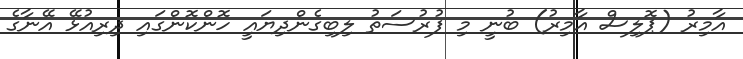
އާމިރު (ޕޮލިސް އާމިރު) ބުނީ މި ފުރުސަތު ލިބިގެންދިޔައީ ހޮންކޮންގައި ދިރިއުޅޭ އޭނާގެ